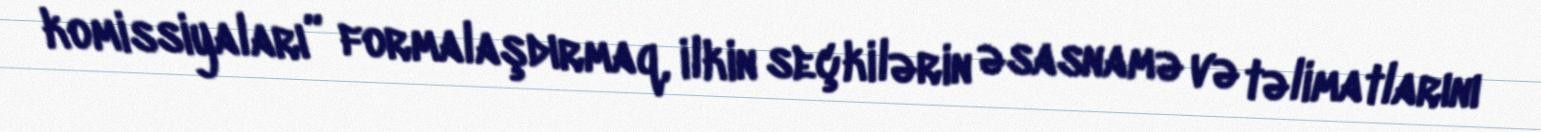
komissiyaları” formalaşdırmaq, ilkin seçkilərin əsasnamə və təlimatlarını